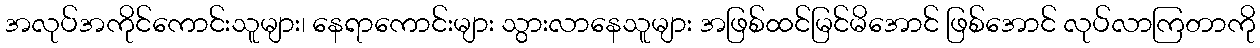
အလုပ်အကိုင်ကောင်းသူများ၊ နေရာကောင်းများ သွားလာနေသူများ အဖြစ်ထင်မြင်မိအောင် ဖြစ်အောင် လုပ်လာကြတာကို